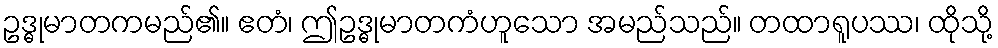
ဥဒ္ဓုမာတကမည်၏။ ဧတံ၊ ဤဥဒ္ဓုမာတကံဟူသော အမည်သည်။ တထာရူပဿ၊ ထိုသို့